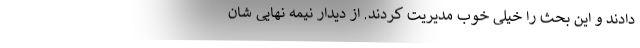
دادند و این بحث را خیلی خوب مدیریت کردند. از دیدار نیمه نهایی شان